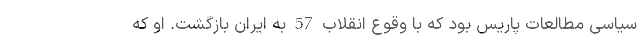
سیاسی مطالعات پاریس بود که با وقوع انقلاب 57 به ایران بازگشت. او که